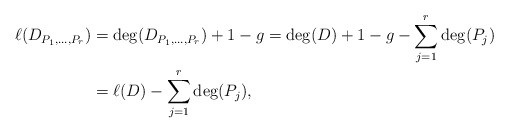
\begin{align*} \ell(D_{P_1, \dots, P_r})&= \deg(D_{P_1, \dots, P_r}) +1-g = \deg(D) +1-g - \sum_{j=1}^r \deg(P_j) \\ &= \ell(D) -\sum_{j=1}^r \deg(P_j), \end{align*}